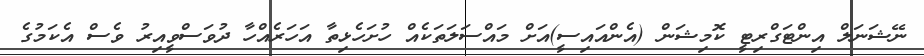
ނޭޝަނަލް އިންޓަގްރިޓީ ކޮމިޝަން (އެންއައިސީ)އަށް މައްސަލަތަކެއް ހުށަހެޅިތާ އަހަރެއްހާ ދުވަސްވީއިރު ވެސް އެކަމުގެ